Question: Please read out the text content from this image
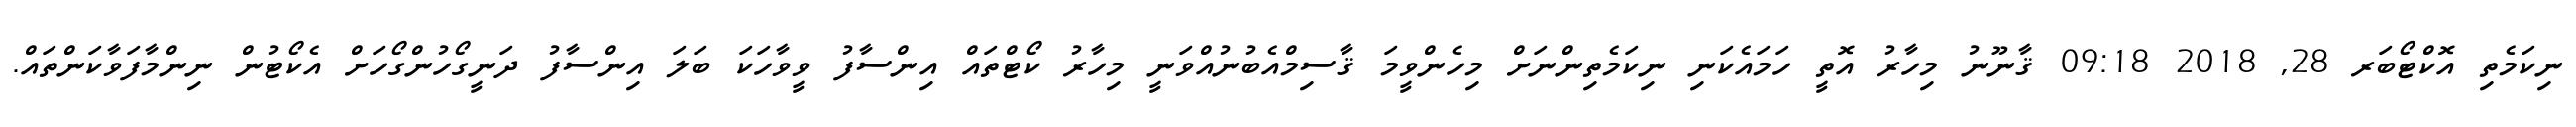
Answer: ނިކަމެތި އޮކްޓޯބަރ 28, 2018 09:18 ޤާނޫނު މިހާރު އޮތީ ހަމައެކަނި ނިކަމެތިންނަށް މިހެންވީމަ ޤާސިމްއެބުނުއްވަނީ މިހާރު ކޯޓްތައް އިންސާފު ވީވާހަކަ ބަލަ އިންސާފު ދަނީގޯހުންގޯހަށް އެކޯޓުން ނިންމާފަވާކަންތައް.